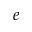
e